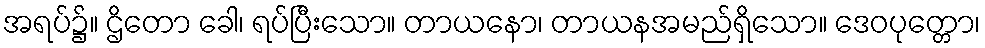
အရပ်၌။ ဌိတော ခေါ၊ ရပ်ပြီးသော။ တာယနော၊ တာယနအမည်ရှိသော။ ဒေဝပုတ္တော၊